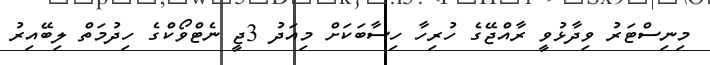
މިނިސްޓަރު ވިދާޅުވީ ރާއްޖޭގެ ހުރިހާ ހިސާބަކަށް މިއަދު 3ޖީ ނެޓްވޯކްގެ ހިދުމަތް ލިބޭއިރު